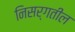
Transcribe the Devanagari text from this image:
निसर्गतील